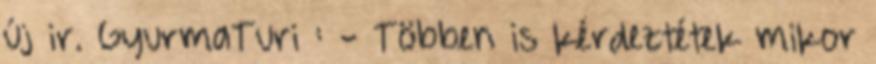
új ir. GyurmaTuri : - Többen is kérdeztétek mikor